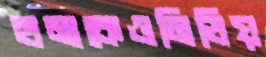
হামাকেওমিডিয়